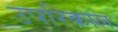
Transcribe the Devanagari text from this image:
उपरिकाल